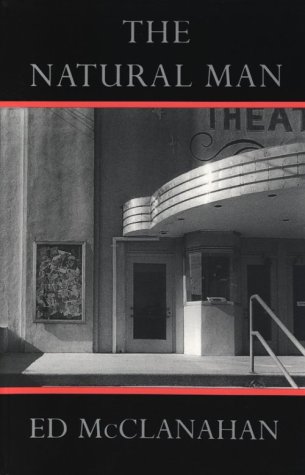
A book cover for The Natural Man; Ed Mcclanahan; Humor & Entertainment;